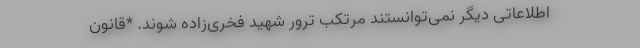
اطلاعاتی دیگر نمی‌توانستند مرتکب ترور شهید فخری‌زاده شوند. *قانون